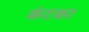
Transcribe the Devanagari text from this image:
कंटका